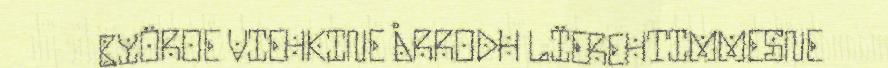
BYÖROE VIEHKINE ÅRRODH LÏEREHTIMMESNE